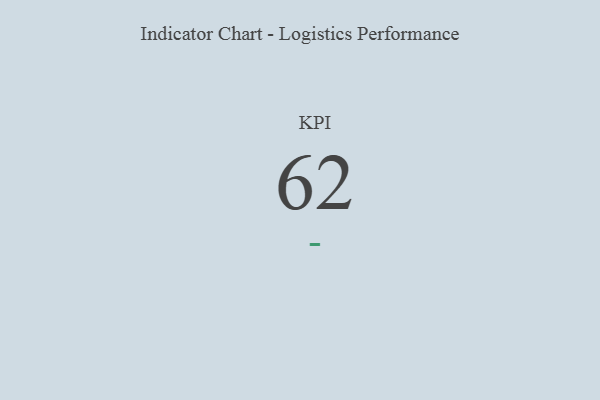
{"axis": {"x": "KPI", "y": "Value"}, "legend": [""], "data": [{"x": "KPI", "y": 62, "type": ""}]}